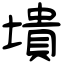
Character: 墤